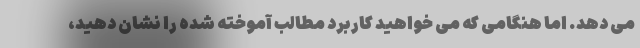
می دهد. اما هنگامی که می خواهید کاربرد مطالب آموخته شده را نشان دهید،